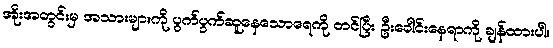
အိုးအတွင်းမှ အသားများကို ပွက်ပွက်ဆူနေသောရေကို တင်ပြီး ဦးခေါင်းနေရာကို ချန်ထားပါ။